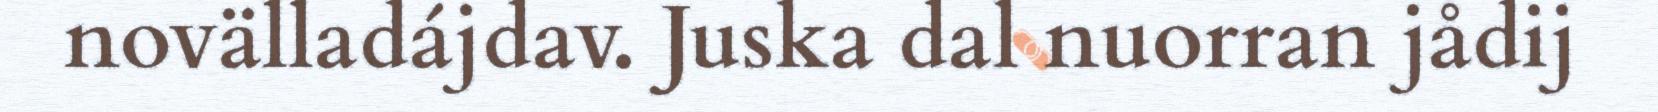
novälladájdav. Juska dal nuorran jådij